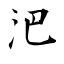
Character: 𣲩